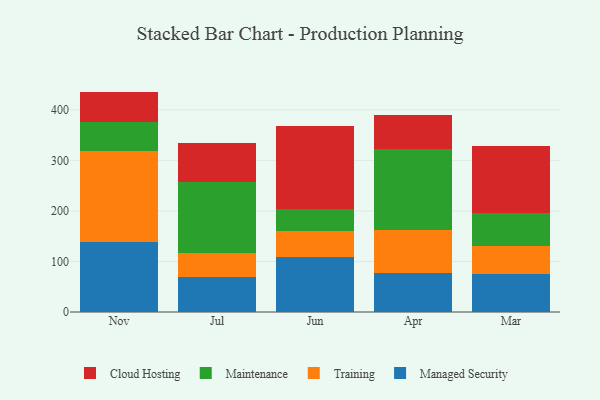
{"axis": {"x": "Month", "y": "Bounce Rate (%)"}, "legend": ["Cloud Hosting", "Maintenance", "Managed Security", "Training"], "data": [{"x": "Nov", "y": 139.3, "type": "Managed Security"}, {"x": "Nov", "y": 179.2, "type": "Training"}, {"x": "Nov", "y": 56.5, "type": "Maintenance"}, {"x": "Nov", "y": 61.1, "type": "Cloud Hosting"}, {"x": "Jul", "y": 69.6, "type": "Managed Security"}, {"x": "Jul", "y": 48.0, "type": "Training"}, {"x": "Jul", "y": 139.5, "type": "Maintenance"}, {"x": "Jul", "y": 77.3, "type": "Cloud Hosting"}, {"x": "Jun", "y": 108.5, "type": "Managed Security"}, {"x": "Jun", "y": 51.3, "type": "Training"}, {"x": "Jun", "y": 43.6, "type": "Maintenance"}, {"x": "Jun", "y": 164.0, "type": "Cloud Hosting"}, {"x": "Apr", "y": 77.1, "type": "Managed Security"}, {"x": "Apr", "y": 85.2, "type": "Training"}, {"x": "Apr", "y": 160.4, "type": "Maintenance"}, {"x": "Apr", "y": 67.6, "type": "Cloud Hosting"}, {"x": "Mar", "y": 75.7, "type": "Managed Security"}, {"x": "Mar", "y": 55.5, "type": "Training"}, {"x": "Mar", "y": 65.3, "type": "Maintenance"}, {"x": "Mar", "y": 132.9, "type": "Cloud Hosting"}]}